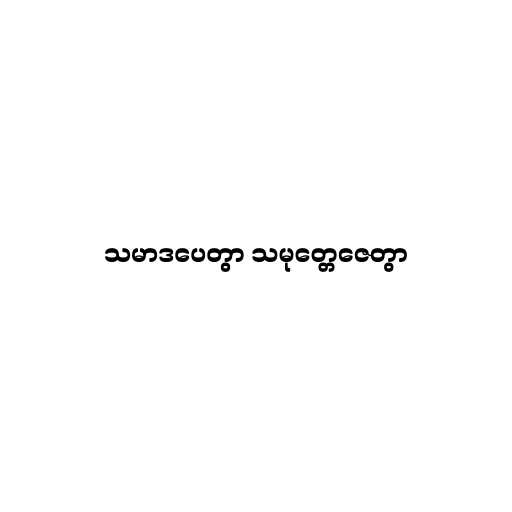
သမာဒပေတွာ သမုတ္တေဇေတွာ